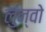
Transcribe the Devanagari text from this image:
लुन्वो